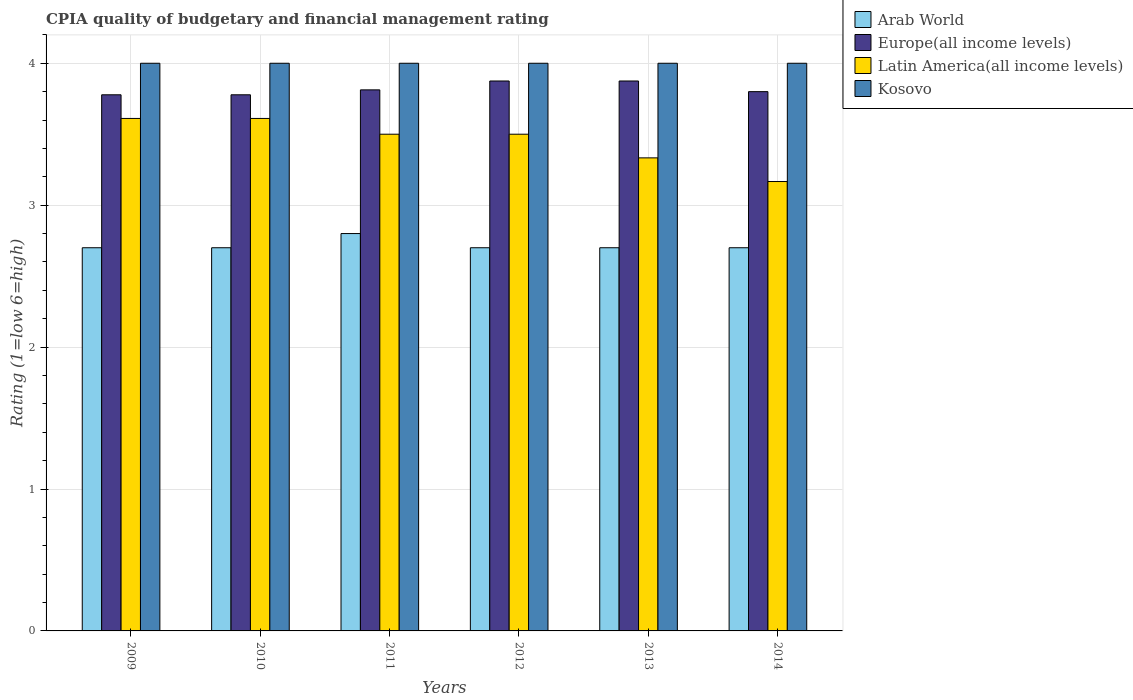
| Years | Arab World | Europe(all income levels) | Latin America(all income levels) | Kosovo |
 | --- | --- | --- | --- | --- |
 | 2009 | 2.7 | 3.78 | 3.61 | 4 |
 | 2010 | 2.7 | 3.78 | 3.61 | 4 |
 | 2011 | 2.8 | 3.81 | 3.5 | 4 |
 | 2012 | 2.7 | 3.88 | 3.5 | 4 |
 | 2013 | 2.7 | 3.88 | 3.33 | 4 |
 | 2014 | 2.7 | 3.8 | 3.17 | 4 |